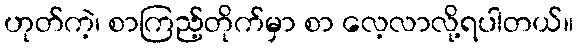
ဟုတ်ကဲ့၊ စာကြည့်တိုက်မှာ စာ လေ့လာလို့ရပါတယ်။